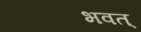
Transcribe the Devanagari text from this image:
भवत्